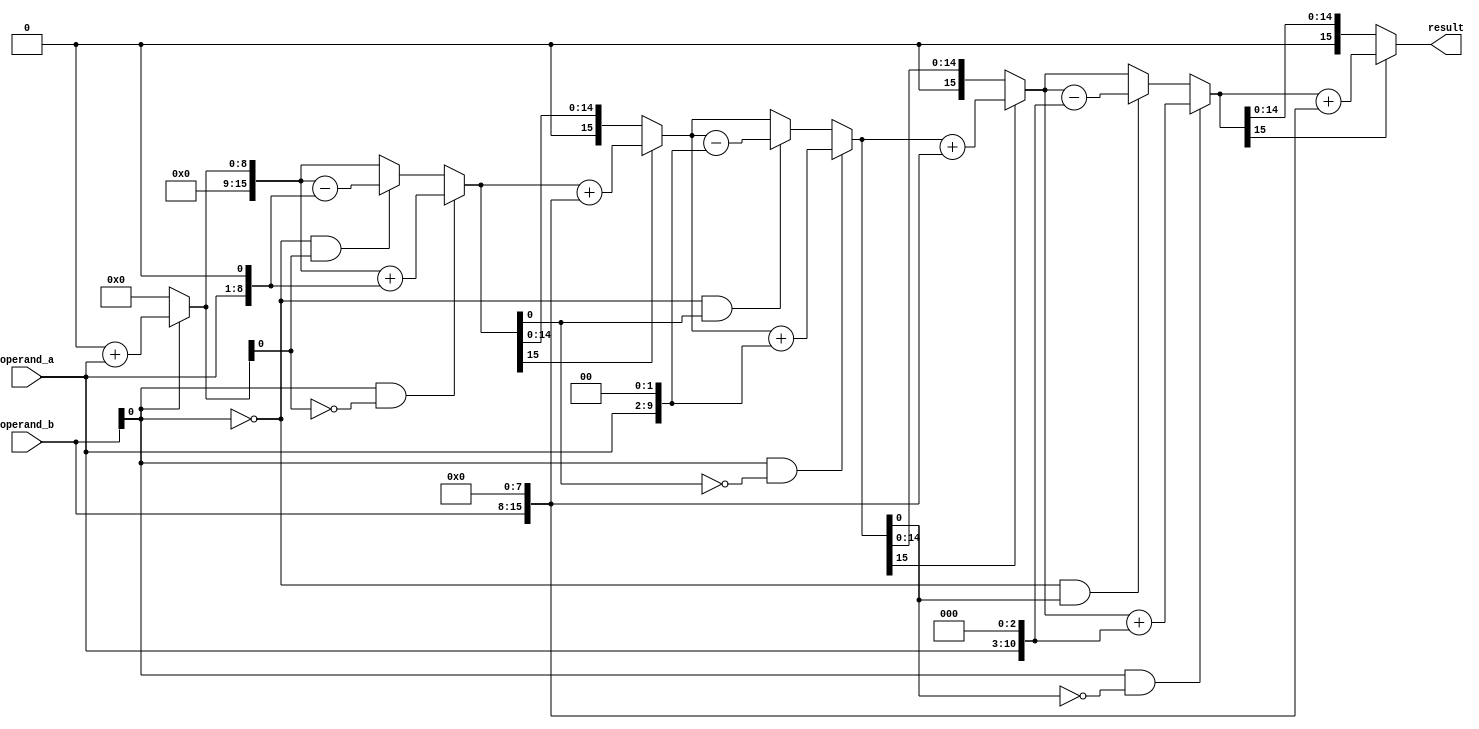
module booth_multiplier (
    input [7:0] operand_a,
    input [7:0] operand_b,
    output reg [15:0] result
);

reg [7:0] a_signed;
reg [7:0] b_signed;
reg [15:0] partial_product;
reg [3:0] count;
reg [1:0] control;

always @(*) begin
    a_signed = operand_a;
    b_signed = operand_b;
    
    partial_product = 0;
    count = 0;
    control = 2'b00;
    
    repeat(4) begin
        if (b_signed[0] & !control[0]) begin
            partial_product = partial_product + (a_signed << count);
        end else if (!b_signed[0] & control[0]) begin
            partial_product = partial_product - (a_signed << count);
        end
        
        if (partial_product[15] == 1) begin
            control = {control[1], partial_product[0]};
            partial_product = partial_product + (b_signed << 8);
        end else if (partial_product[15] == 0) begin
            control = {control[1], partial_product[0]};
        end
        
        count = count + 1;
    end
end

assign result = partial_product;

endmodule